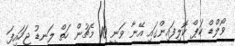
ވޯލްޑް ކަޕް ކޮލިފައިންގައި އޭނާ ވަނީ 10 މެޗުން ހަތް ލަނޑު ޖަހައިފަ